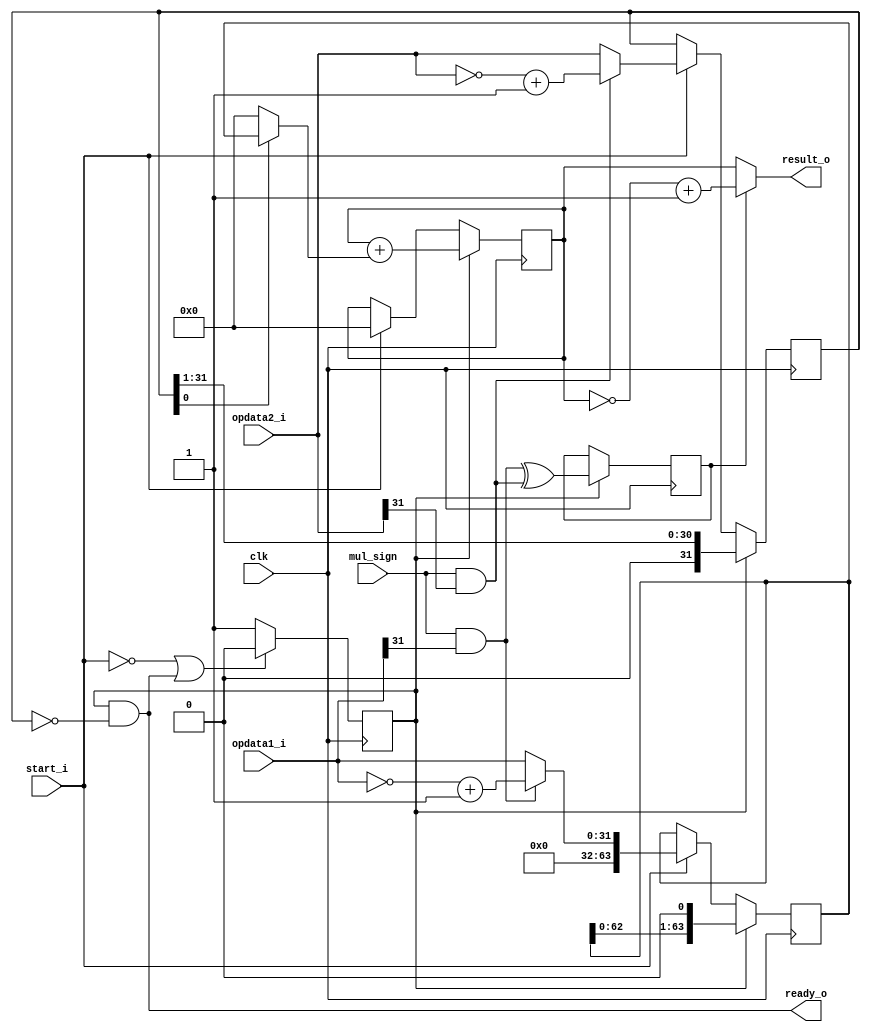
`timescale 1ns / 1ps
module mul_plus(
    input clk,
    input start_i,
    input mul_sign,  
    input [31:0] opdata1_i,
    input [31:0] opdata2_i,
    output [63:0] result_o,
    output        ready_o
    );

    reg judge;
    reg [31:0] multiplier;
    wire [63:0] temporary_value;
    reg [63:0] mul_temporary;
    reg result_sign;

    always @(posedge clk) begin
        if (!start_i || ready_o) begin
            judge <= 1'b0;
        end
        else begin
            judge <= 1'b1;
        end
    end

    wire op1_sign;
    wire op2_sign;
    wire [31:0] op1_absolute;
    wire [31:0] op2_absolute;
    assign op1_sign = mul_sign & opdata1_i[31];
    assign op2_sign = mul_sign & opdata2_i[31];

    assign op1_absolute = op1_sign ? (~opdata1_i+1) : opdata1_i;
    assign op2_absolute = op2_sign ? (~opdata2_i+1) : opdata2_i;

    reg  [63:0] multiplicand;
    always @ (posedge clk) begin 
        if (judge) begin
            multiplicand <= {multiplicand[62:0],1'b0};
        end
        else if (start_i) begin
            multiplicand <= {32'd0,op1_absolute};
        end
    end

    always @ (posedge clk) begin 
        if(judge) begin
            multiplier <= {1'b0,multiplier[31:1]};
        end
        else if(start_i) begin
            multiplier <= op2_absolute;
        end
    end
    assign temporary_value = multiplier[0] ? multiplicand : 64'd0;

    always @ (posedge clk) begin
        if (judge) begin
            mul_temporary <= mul_temporary + temporary_value;
        end      
        else if (start_i) begin
            mul_temporary <= 64'd0;
        end
     end

    always @ (posedge clk) begin
        if (judge) begin
              result_sign <= op1_sign ^ op2_sign;
        end
    end 

    assign result_o = result_sign ? (~mul_temporary+1) : mul_temporary;
    assign ready_o  = judge & multiplier == 32'b0;
endmodule